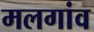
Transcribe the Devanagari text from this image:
मलगांव